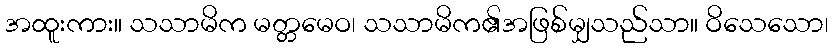
အထူးကား။ သသာမိက မတ္တမေဝ၊ သသာမိက၏အဖြစ်မျှသည်သာ။ ဝိသေသော၊